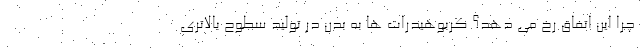
چرا این اتفاق رخ می دهد؟ کربوهیدرات ها به بدن در تولید سطوح بالاتری